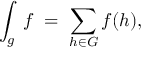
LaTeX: \int _ { g } \; f \; = \; \sum _ { h \in G } f ( h ) ,